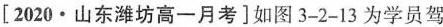
[2020·山东潍坊高一月考]如图3-2-13为学员驾